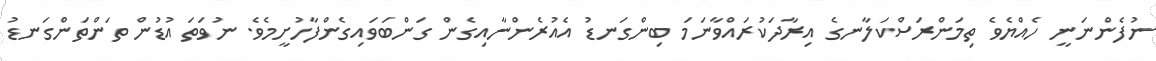
ނުފެންނަނީ ހެއްޔެވެ ތިމަންރަސްކަލާނގެ އިރާދަކުރައްވާނަމަ ބިންގަނޑު އެއުރެންނާއިގެން ގަންބަވައިގެންފާހުށީމެވެ. ނުވަތަ އުޑުން ތަންތަންގަނޑު